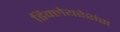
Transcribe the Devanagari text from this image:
डिक्लेयरेशंस